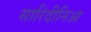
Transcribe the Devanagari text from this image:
सारिदीनिआ